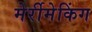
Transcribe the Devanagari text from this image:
मेर्रीमेकिंग